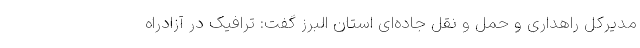
مدیرکل راهداری و حمل و نقل جاده‌ای استان البرز گفت: ترافیک در آزادراه